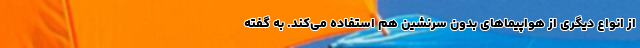
از انواع دیگری از هواپیماهای بدون سرنشین هم استفاده می‌کند. به گفته